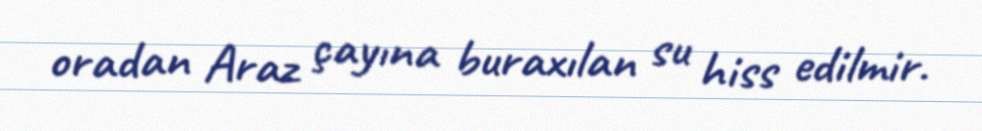
oradan Araz çayına buraxılan su hiss edilmir.